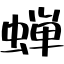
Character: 蝉